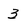
Character: 3